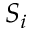
S _ { i }